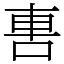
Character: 軎